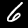
Digit: 6